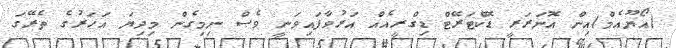
(އޯޔޫއެމް)އިން އޮނަރަރީ ޑޮކްޓަރޭޓް ޑިގްރީއެއް އަރުވާފައިވަނީ ވެސް ނިމިގެން މިދިޔަ އަހަރުގެ ތެރޭގަ